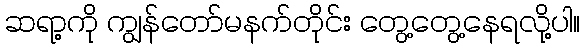
ဆရာ့ကို ကျွန်တော်မနက်တိုင်း တွေ့တွေ့နေရလို့ပါ။